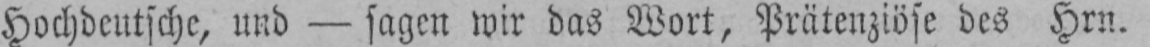
Hochdeutsche, und - sagen wir das Wort, Prätenziöse des Hrn.